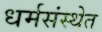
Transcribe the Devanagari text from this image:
धर्मसंस्थेत